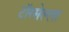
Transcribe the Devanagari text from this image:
टॉरसेल्ला